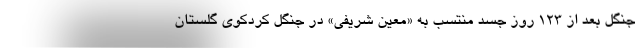
جنگل بعد از 123 روز جسد منتسب به «معین شریفی» در جنگل کردکوی گلستان